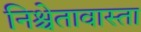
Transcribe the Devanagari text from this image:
निश्चेतावास्ता